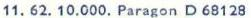
11. 62. 10.000. Paragon D 68128